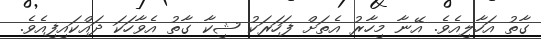
ގާތު އަހާލިއެވެ. އޭނާ މިހާރު އެތަށް ފަހަރަކު ޝިކާ ގާތު އެވާހަކަ ދައްކައިފިއެވެ.